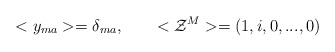
\begin{align*}<y_{ma}>=\delta_{ma}, \qquad <{\cal Z}^M>=(1,i,0,...,0) \end{align*}